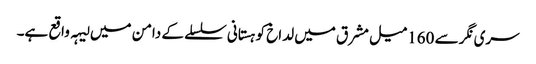
سری نگر سے 160میل مشرق میں لداخ کوہستانی سلسلے کے دامن میں لیہہ واقع ہے۔